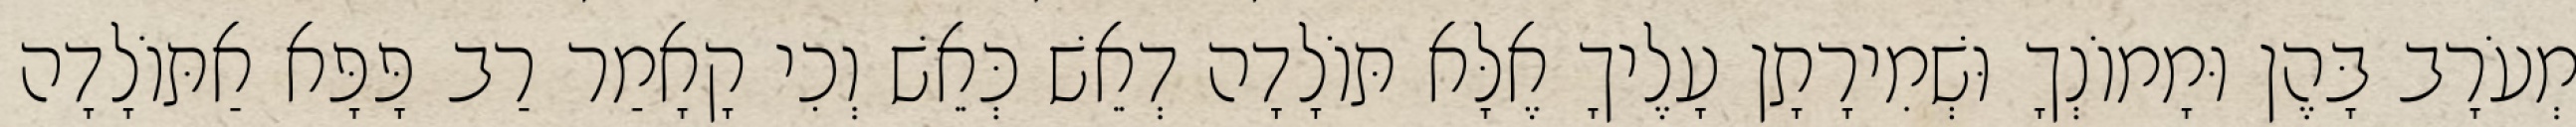
מְעֹרָב בָּהֶן וּמָמוֹנְךָ וּשְׁמִירָתָן עָלֶיךָ אֶלָּא תּוֹלָדָה דְאֵשׁ כְּאֵשׁ וְכִי קָאָמַר רַב פָּפָּא אַתּוֹלָדָה